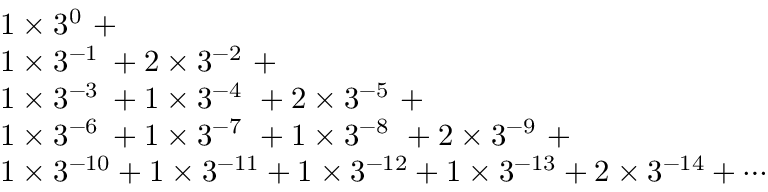
{ \begin{array} { l } { 1 \times 3 ^ { 0 \, \, \, } + } \\ { 1 \times 3 ^ { - 1 \, \, } + 2 \times 3 ^ { - 2 \, \, \, } + } \\ { 1 \times 3 ^ { - 3 \, \, } + 1 \times 3 ^ { - 4 \, \, \, } + 2 \times 3 ^ { - 5 \, \, \, } + } \\ { 1 \times 3 ^ { - 6 \, \, } + 1 \times 3 ^ { - 7 \, \, \, } + 1 \times 3 ^ { - 8 \, \, \, } + 2 \times 3 ^ { - 9 \, \, \, } + } \\ { 1 \times 3 ^ { - 1 0 } + 1 \times 3 ^ { - 1 1 } + 1 \times 3 ^ { - 1 2 } + 1 \times 3 ^ { - 1 3 } + 2 \times 3 ^ { - 1 4 } + \cdots } \end{array} }